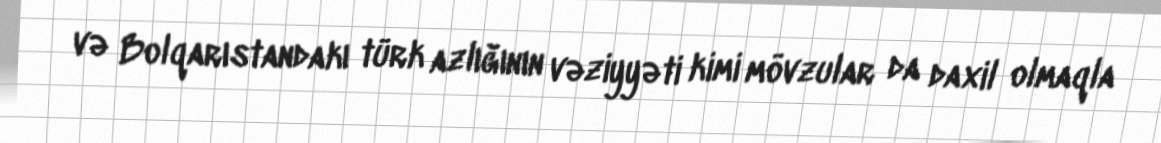
və Bolqarıstandakı türk azlığının vəziyyəti kimi mövzular da daxil olmaqla